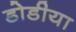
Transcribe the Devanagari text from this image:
डोडीया